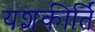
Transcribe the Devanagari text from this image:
यशकीर्ति